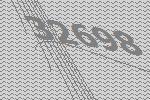
32698